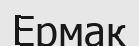
Ермак